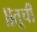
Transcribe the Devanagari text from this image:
॥तूची